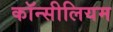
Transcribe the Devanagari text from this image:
कॉन्सीलियम